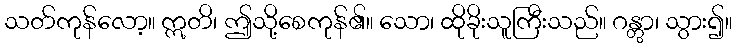
သတ်ကုန်လော့။ ဣတိ၊ ဤသို့စေကုန်၏။ သော၊ ထိုခိုးသူကြီးသည်။ ဂန္တွာ၊ သွား၍။